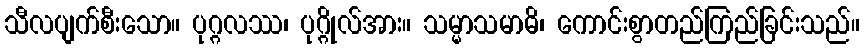
သီလပျက်စီးသော။ ပုဂ္ဂလဿ၊ ပုဂ္ဂိုလ်အား။ သမ္မာသမာဓိ၊ ကောင်းစွာတည်ကြည်ခြင်းသည်။